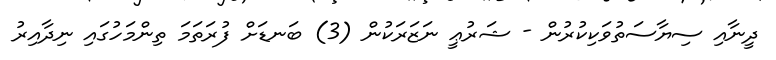
ދީނާއި ސިޔާސަތުވަކިކުރުން - ޝަރުޢީ ނަޒަރަކުން (3) ބަނޑަށް ފުރަތަމަ ތިންމަހުގައި ނިދާއިރު